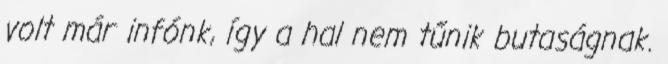
volt már infónk, így a hal nem tűnik butaságnak.